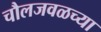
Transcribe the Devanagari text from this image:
चौलजवळच्या